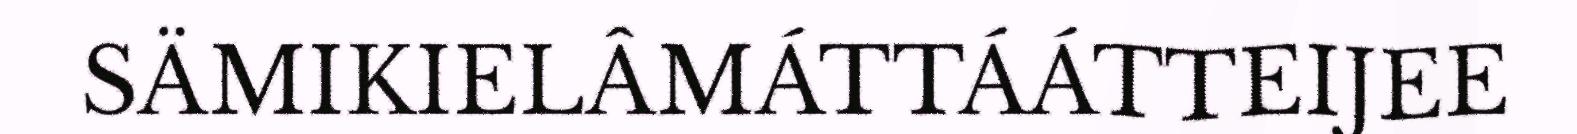
SÄMIKIELÂMÁTTÁÁTTEIJEE